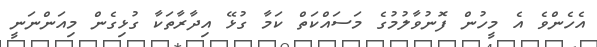
އެހެންވެ އެ މީހުން ފޮނުވާލުމުގެ މަސައްކަތް ކަމާ ގުޅޭ އިދާރާތަކާ ގުޅިގެން މިއަންނަނީ